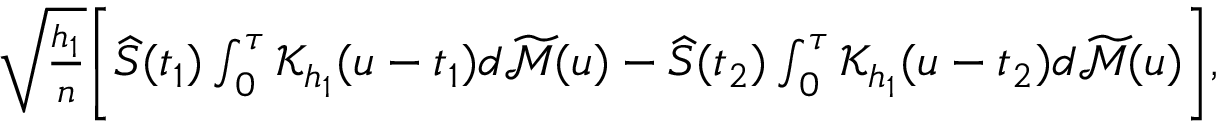
\begin{array} { r } { \sqrt { \frac { h _ { 1 } } { n } } \bigg [ \widehat S ( t _ { 1 } ) \int _ { 0 } ^ { \tau } \mathcal { K } _ { h _ { 1 } } ( u - t _ { 1 } ) d \widetilde { \mathcal { M } } ( u ) - \widehat S ( t _ { 2 } ) \int _ { 0 } ^ { \tau } \mathcal { K } _ { h _ { 1 } } ( u - t _ { 2 } ) d \widetilde { \mathcal { M } } ( u ) \bigg ] , } \end{array}